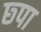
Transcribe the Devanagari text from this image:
छ्पा